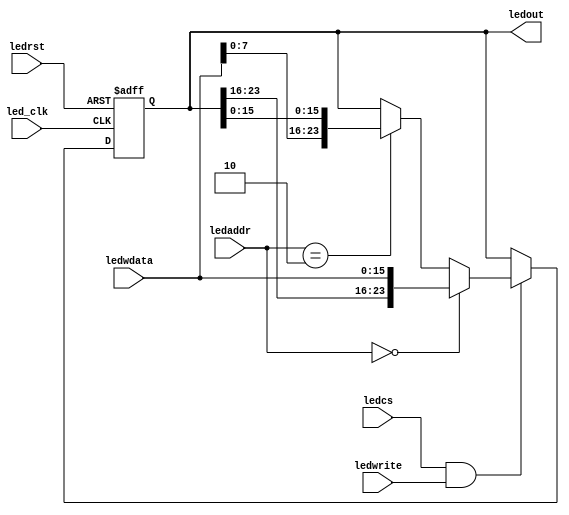
`timescale 1ns / 1ps
//////////////////////////////////////////////////////////////////////////////////
// Design Name: 
// Module Name: leds
// Project Name: 
//////////////////////////////////////////////////////////////////////////////////

module leds(led_clk, ledrst, ledwrite, ledcs, ledaddr,ledwdata, ledout);
    input led_clk;    		    
    input ledrst; 		       
    input ledwrite;		       
    input ledcs;		      	
    input[1:0] ledaddr;	       
    input[15:0] ledwdata;	  	
    output[23:0] ledout;		
  
    reg [23:0] ledout;
    
    always@(negedge led_clk or posedge ledrst) begin
        if(ledrst) begin
            ledout <= 24'h000000;
        end
		else if(ledcs && ledwrite) begin
			if(ledaddr == 2'b00)
				ledout[23:0] <= { ledout[23:16], ledwdata[15:0] };
			else if(ledaddr == 2'b10 )
				ledout[23:0] <= { ledwdata[7:0], ledout[15:0] };
			else
				ledout <= ledout;
        end
		else begin
            ledout <= ledout;
        end
    end
endmodule